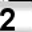
Digit: 2